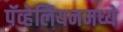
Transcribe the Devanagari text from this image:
पॅव्हेलियनमध्ये